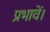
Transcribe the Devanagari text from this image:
प्रभावें।